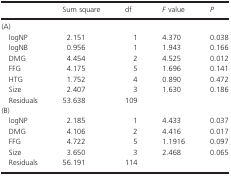
<table><thead><tr><td></td><td><b>Sum square</b></td><td><b>df</b></td><td><b><i>F</i> value</b></td><td><b><i>P</i></b></td></tr></thead><tbody><tr><td colspan="5">(A)</td></tr><tr><td> logNP</td><td>2.151</td><td>1</td><td>4.370</td><td>0.038</td></tr><tr><td> logNB</td><td>0.956</td><td>1</td><td>1.943</td><td>0.166</td></tr><tr><td> DMG</td><td>4.454</td><td>2</td><td>4.525</td><td>0.012</td></tr><tr><td> FFG</td><td>4.175</td><td>5</td><td>1.696</td><td>0.141</td></tr><tr><td> HTG</td><td>1.752</td><td>4</td><td>0.890</td><td>0.472</td></tr><tr><td> Size</td><td>2.407</td><td>3</td><td>1.630</td><td>0.186</td></tr><tr><td> Residuals</td><td>53.638</td><td>109</td><td></td><td></td></tr><tr><td colspan="5">(B)</td></tr><tr><td> logNP</td><td>2.185</td><td>1</td><td>4.433</td><td>0.037</td></tr><tr><td> DMG</td><td>4.106</td><td>2</td><td>4.416</td><td>0.017</td></tr><tr><td> FFG</td><td>4.722</td><td>5</td><td>1.1916</td><td>0.097</td></tr><tr><td> Size</td><td>3.650</td><td>3</td><td>2.468</td><td>0.065</td></tr><tr><td> Residuals</td><td>56.191</td><td>114</td><td></td><td></td></tr></tbody></table>